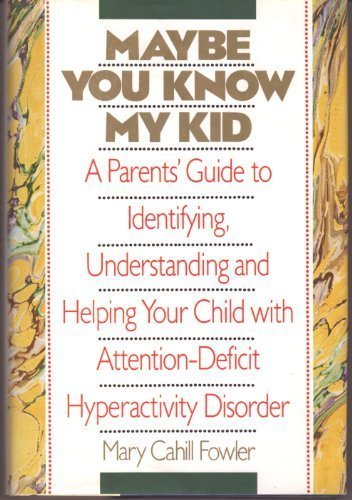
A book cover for Maybe You Know My Kid: A Parent's Guide to Identifying, Understanding and Helping Your Child With Attention-Deficit Hyperactivity Disorder; Mary Cahill Fowler; Parenting & Relationships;